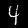
Label: 4